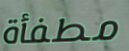
مطفأة